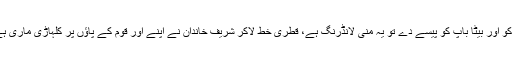
شیخ رشید نے کہا اس ملک میں قانون بڑے لوگوں کو تحفظ فراہم کرنے کیلئے بنایاجاتا ہے، باپ بیٹی کو اور بیٹا باپ کو پیسے دے تو یہ منی لانڈرنگ ہے، قطری خط لاکر شریف خاندان نے اپنے اور قوم کے پاﺅں پر کلہاڑی ماری ہے، مجید مستری اور حمید ڈینٹر کے بیٹوں نے نہیں بڑے لوگوں کے بچوں نے ملک کو نقصان پہنچایا۔